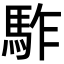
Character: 𩢐